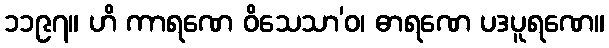
၁၁၉၇။ ဟိ ကာရဏေ ဝိသေသာ’ဝ၊ ဓာရဏေ ပဒပူရဏေ။